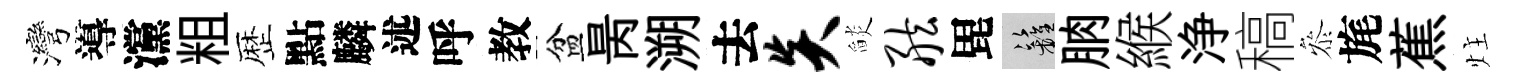
灣導灙粗歴點麟述呼教盆昺溯去炎𦦨舷毘籬朒緱浄稿叅旄蕉炷